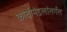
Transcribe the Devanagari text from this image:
कांचीमंडलांतर्गत